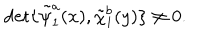
\det \{ \tilde { \psi } _ { 1 } ^ { a } ( x ) , \tilde { \chi } _ { 1 } ^ { b } ( y ) \} \neq 0 .